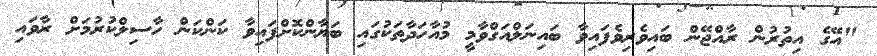
"އޭގެ އިތުރުން ރާއްޖޭން ބައިވެރިވެފައިވާ ބައިނަލްއަގްވާމީ މުއާހަދާތަކުގައި ބަޔާންކޮށްފައިވާ ކަންކަން ހާސިލްކުރުމަށް ރާވައި